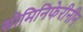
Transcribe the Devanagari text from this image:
सोमिनिफेरीनीन